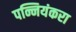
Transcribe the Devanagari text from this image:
पन्नियंकरा